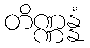
တိဏ္ဏန္နံ